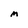
Character: M